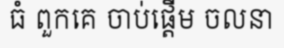
ធំ ពួកគេ ចាប់ផ្តើម ចលនា